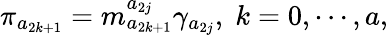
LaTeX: \pi_{a_{2k+1}}=m_{a_{2k+1}}^{a_{2j}}\gamma_{a_{2j}},\; k=0,\cdots,a,